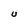
Character: U